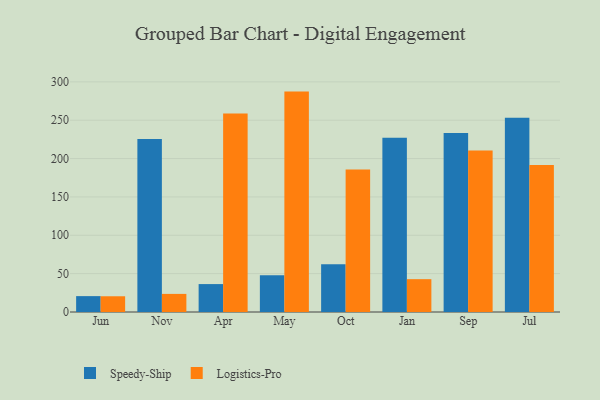
{"axis": {"x": "Month", "y": "Operating Costs (USD K)"}, "legend": ["Logistics-Pro", "Speedy-Ship"], "data": [{"x": "Jun", "y": 20.7, "type": "Speedy-Ship"}, {"x": "Jun", "y": 20.5, "type": "Logistics-Pro"}, {"x": "Nov", "y": 225.5, "type": "Speedy-Ship"}, {"x": "Nov", "y": 23.6, "type": "Logistics-Pro"}, {"x": "Apr", "y": 36.4, "type": "Speedy-Ship"}, {"x": "Apr", "y": 258.9, "type": "Logistics-Pro"}, {"x": "May", "y": 48.0, "type": "Speedy-Ship"}, {"x": "May", "y": 287.3, "type": "Logistics-Pro"}, {"x": "Oct", "y": 62.2, "type": "Speedy-Ship"}, {"x": "Oct", "y": 185.9, "type": "Logistics-Pro"}, {"x": "Jan", "y": 227.2, "type": "Speedy-Ship"}, {"x": "Jan", "y": 42.8, "type": "Logistics-Pro"}, {"x": "Sep", "y": 233.2, "type": "Speedy-Ship"}, {"x": "Sep", "y": 210.5, "type": "Logistics-Pro"}, {"x": "Jul", "y": 253.3, "type": "Speedy-Ship"}, {"x": "Jul", "y": 191.5, "type": "Logistics-Pro"}]}